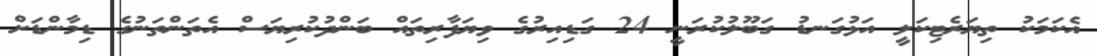
އެކަމަކު ތިޔަރެޓިކަލީ އަޅުގަނޑު ގަބޫލުކުރަނީ 24 ގަޑިއިރުގެ ވިޔަފާރިތައް ބަންދުކުރިޔަސް އެތަންތަނުގެ ޑިމާންޑަށް